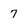
Character: 7